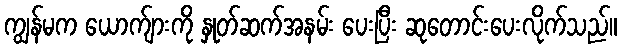
ကျွန်မက ယောက်ျားကို နှုတ်ဆက်အနမ်း ပေးပြီး ဆုတောင်းပေးလိုက်သည်။